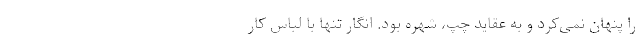
را پنهان نمی‌کرد و به عقاید چپ، شهره بود. انگار تنها با لباس کار